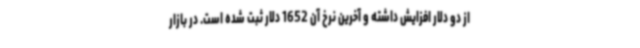
از دو دلار افزایش داشته و آخرین نرخ آن 1652 دلار ثبت شده است. در بازار